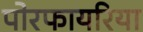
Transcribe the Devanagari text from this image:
पोरफायरिया